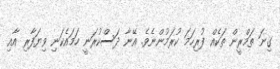
ގިނަ ތަމްރީން ތަކެއް ފުރިހަމަ ކުރަމުންނެވެ. އޭނާ ދަސްކުރަނީ ހަމައެކަނި ވިޔަފާރި އާއި